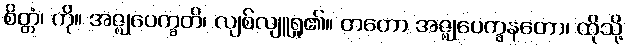
စိတ္တံ၊ ကို။ အဇ္ဈုပေက္ခတိ၊ လျစ်လျူရှု၏။ တတော အဇ္ဈုပေက္ခနတော၊ ထိုသို့